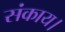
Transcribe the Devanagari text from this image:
संकाय।